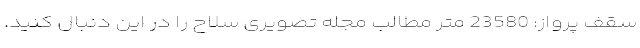
سقف پرواز: 23580 متر مطالب مجله تصویری سلاح را در این دنبال کنید.